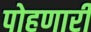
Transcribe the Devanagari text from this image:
पोहणारी